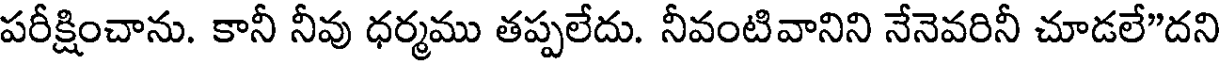
పరీక్షించాను. కానీ నీవు ధర్మము తప్పలేదు. నీవంటివానిని నేనెవరినీ చూడలే"దని